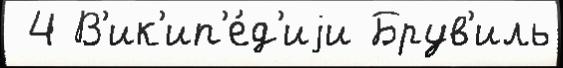
 4 В'ик'ип'е́д'иjи Брув'иль